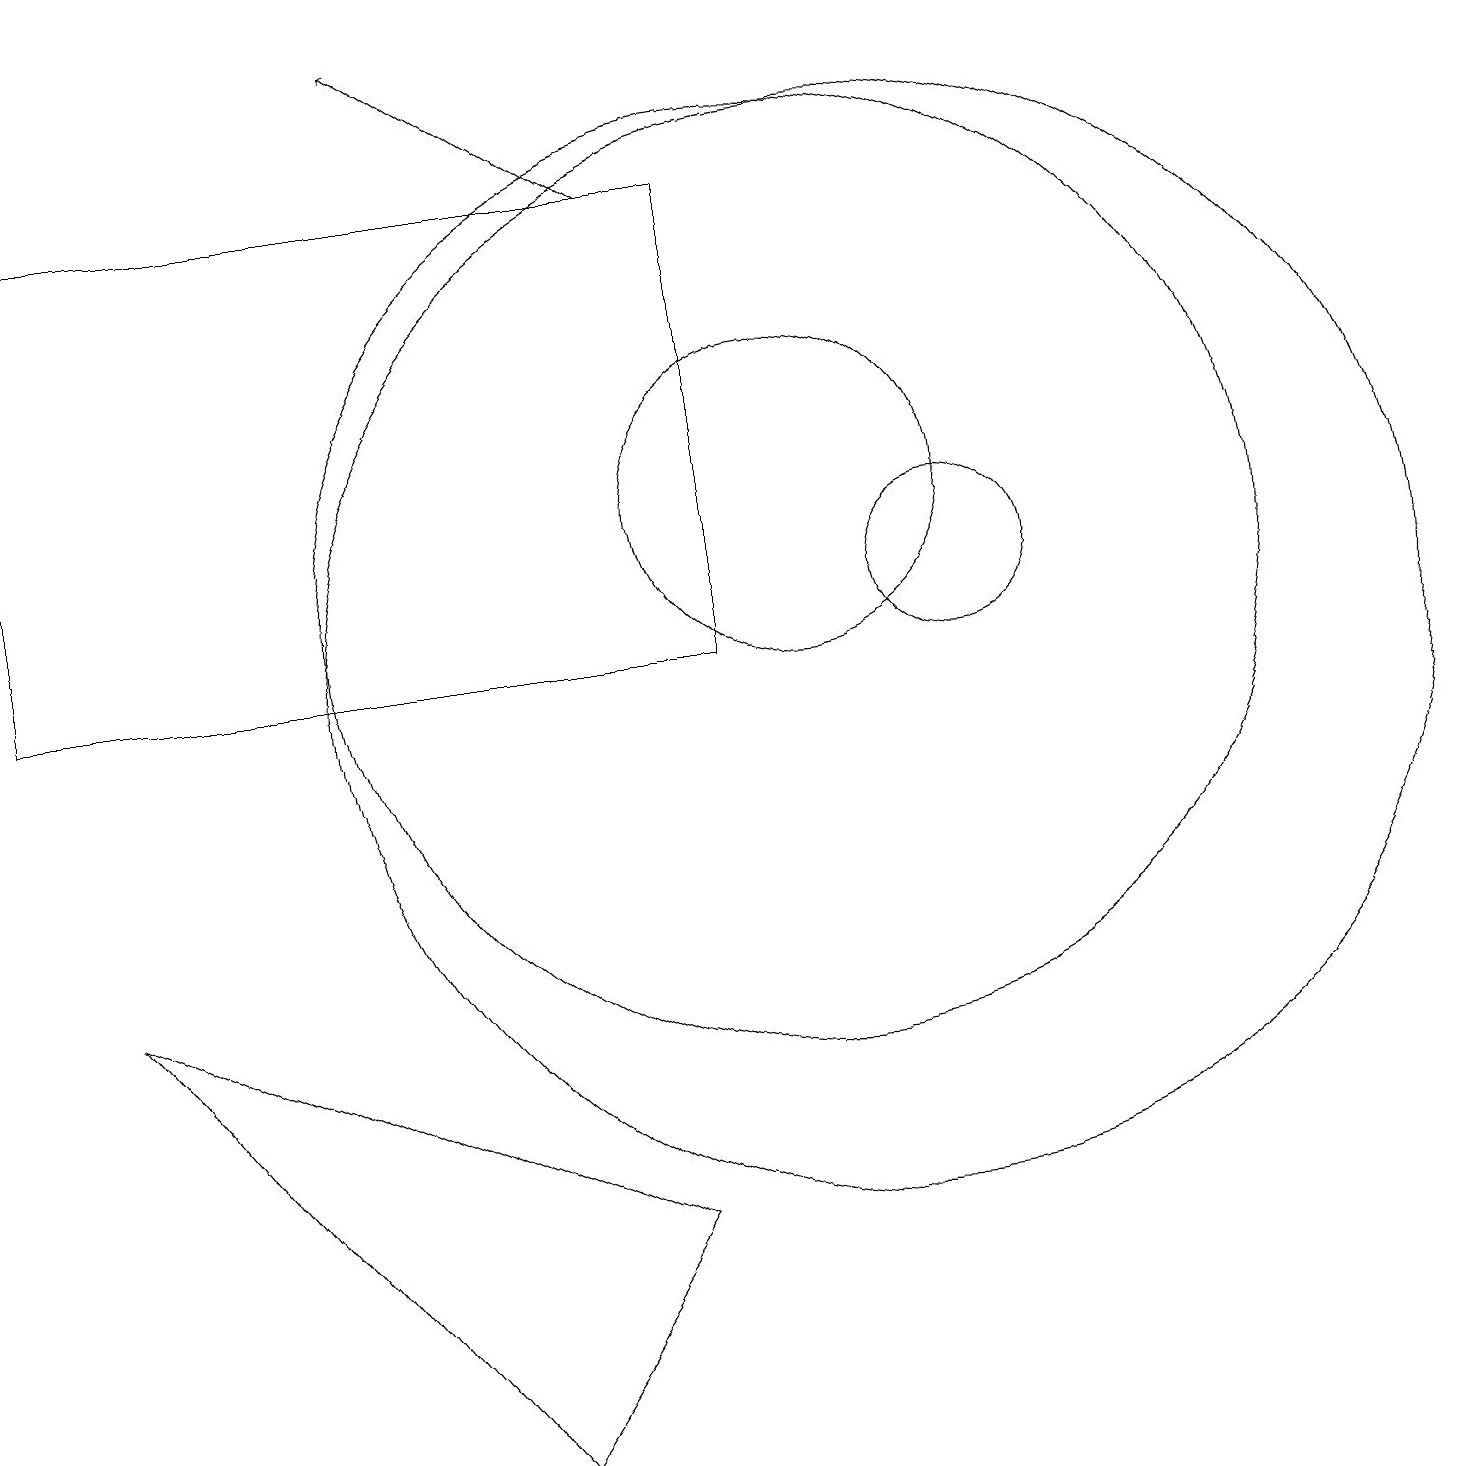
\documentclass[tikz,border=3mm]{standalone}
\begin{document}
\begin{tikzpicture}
\draw[->] (8,16) -- (5,18);
\draw (10,12) circle (2);
\draw (6,0) -- (8,3) -- (1,6) -- cycle;
\draw (10,11) circle (6);
\draw (12,11) circle (1);
\draw (0,10) rectangle (9,16);
\draw (11,10) circle (7);
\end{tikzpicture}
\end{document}